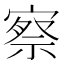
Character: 察